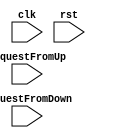
`timescale 1ns / 1ps
module FSM(clk, rst, requestFromUp, requestFromDown);
    parameter STOP = 0, UP = 1, DOWN = 2;
	input clk, rst, requestFromUp, requestFromDown;
	reg [1:0] state, nextState;
	initial begin
        state  = STOP;
    end
    always @(posedge clk)begin
        if(rst == 0)state = STOP;
        else state = nextState;
    end
    always @(state or requestFromUp or requestFromDown)begin
        case(state)
            STOP:begin
                if(requestFromUp)nextState <= UP;
                else if(requestFromDown)nextState <= DOWN;
				else nextState <= STOP;
            end
            UP:begin
                if(requestFromUp)nextState <= UP;
				else if(requestFromDown)nextState <= DOWN;
				else nextState <= STOP;
            end
            DOWN:begin
				if(requestFromDown)nextState <= DOWN;
				else if(requestFromUp)nextState <= UP;
				else nextState <= STOP;
            end
        endcase
    end
    
endmodule